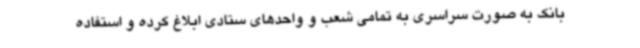
بانک به صورت سراسری به تمامی شعب و واحدهای ستادی ابلاغ کرده و استفاده